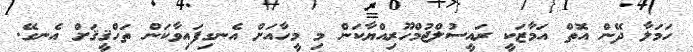
ހަމަލާ ދޭން އޮތް އަމާޒަކީ ރައީސުލްޖުމްހޫރިއްޔާކަން މި މީހާއަށް އެނގިފައިވާކަން ތަހްޤީޤަށް އެނގޭ.